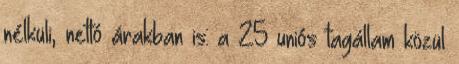
nélküli, nettó árakban is: a 25 uniós tagállam közül